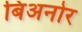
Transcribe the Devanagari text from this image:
बिअनोर